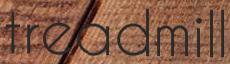
treadmill